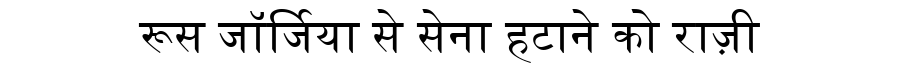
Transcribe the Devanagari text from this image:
रूस जॉर्जिया से सेना हटाने को राज़ी